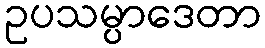
ဥပသမ္ပာဒေတာ